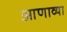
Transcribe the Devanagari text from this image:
आणाव्या